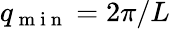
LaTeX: q_{\mathrm{~m~i~n~}}=2\pi/L